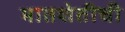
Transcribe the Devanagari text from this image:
भातशेतीची